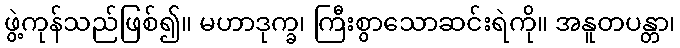
ဖွဲ့ကုန်သည်ဖြစ်၍။ မဟာဒုက္ခ၊ ကြီးစွာသောဆင်းရဲကို။ အနူတပန္တာ၊